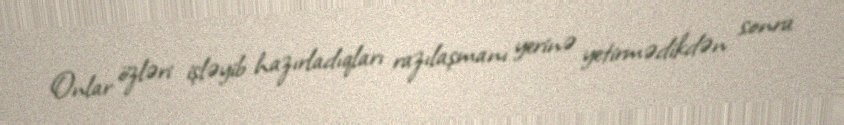
Onlar özləri işləyib hazırladıqları razılaşmanı yerinə yetirmədikdən sonra